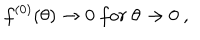
f ^ { ( 0 ) } ( \theta ) \to 0 \ f o r \ \theta \to 0 \ ,